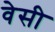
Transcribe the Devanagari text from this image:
वेसी